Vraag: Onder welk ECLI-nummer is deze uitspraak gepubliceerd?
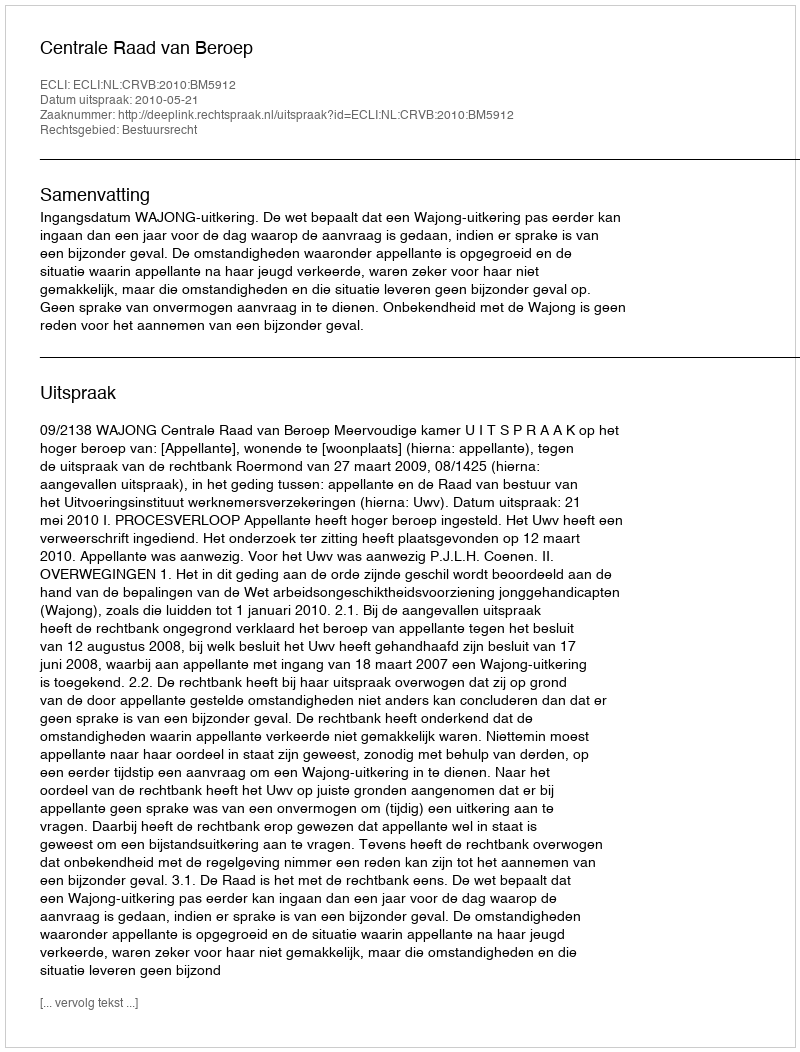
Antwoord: ECLI:NL:CRVB:2010:BM5912